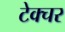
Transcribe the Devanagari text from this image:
टेक्चर